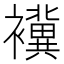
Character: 䙫